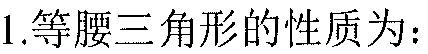
1.等腰三角形的性质为：